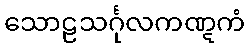
သောဠသင်္ဂုလကဏ္ဋကံ